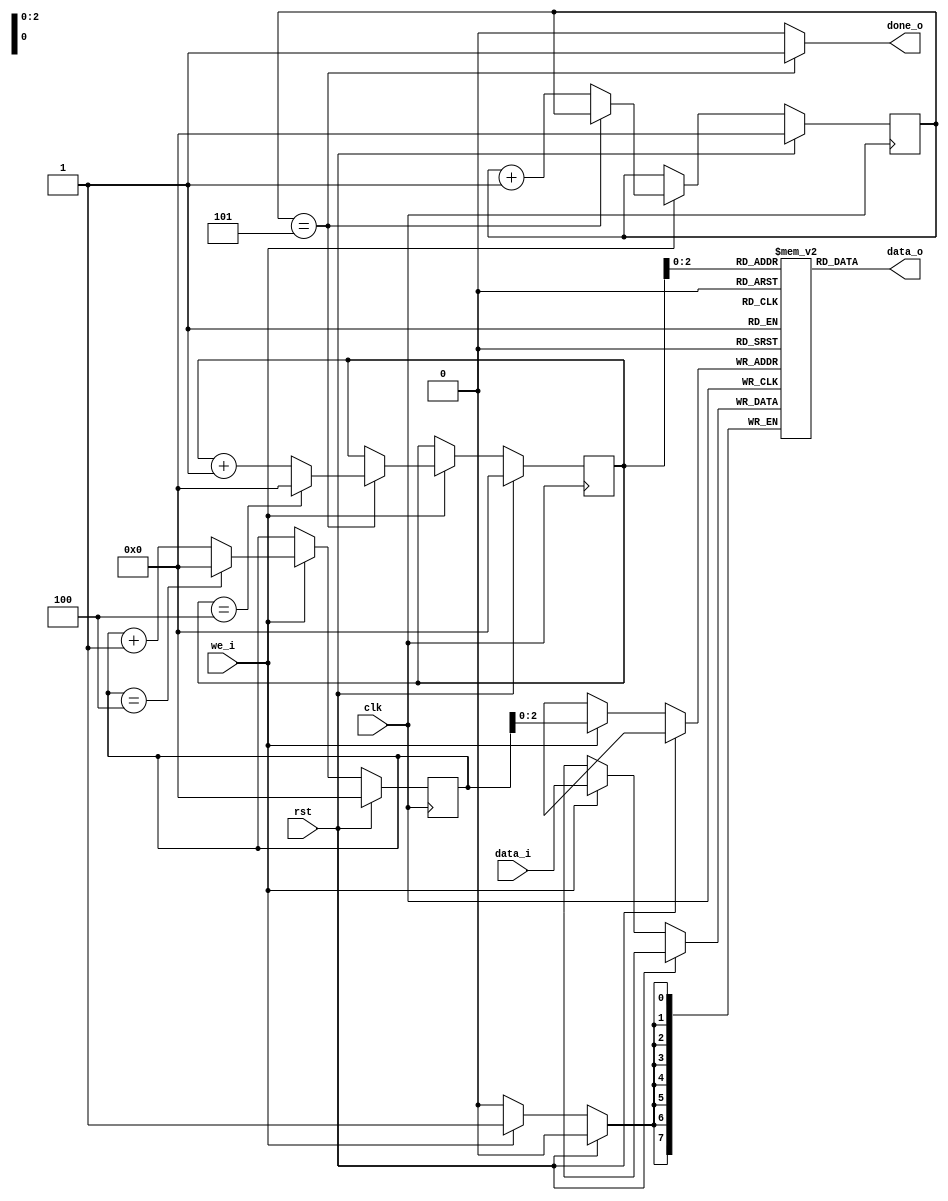
`timescale 1ns / 1ps
//////////////////////////////////////////////////////////////////////////////////
// Company: 
// Engineer: 
// 
// Design Name: 
// Module Name: fifo_single_line_buffer
// Project Name: 
// Target Devices: 
// Tool Versions: 
// Description: 
// 
// Dependencies: 
// 
// Revision:
// Revision 0.01 - File Created
// Additional Comments:
// 
//////////////////////////////////////////////////////////////////////////////////


module fifo_single_line_buffer(
    input clk,
    input rst,
    input we_i,
    input [7:0] data_i,
    output [7:0] data_o,
    output done_o
    );

    //parameter DEPTH = 640;
    parameter DEPTH = 5;
    reg [7:0] mem [0 : DEPTH -1] ;

    reg [9:0] wr_pointer ; //640 -->
    reg [9:0] rd_pointer ;

     reg [9:0] iCounter ;

     assign done_o = (iCounter == DEPTH)? 1:0;
     assign data_o = mem[rd_pointer];

     //handle with iCounter
     always @(posedge clk) begin
        if (rst) begin
            iCounter <=0;
        end else begin
            if (we_i== 1) begin
                iCounter <= (iCounter == DEPTH)? iCounter : iCounter + 1;
            end
            
        end
        
     end

     //handle with write process

     always @(posedge clk) begin
        if (rst) begin
            wr_pointer <=0;
        end else begin
            if (we_i== 1) begin
                mem[wr_pointer]<= data_i;
                wr_pointer <= (wr_pointer == DEPTH-1)? 0 : wr_pointer + 1;
            end
            
        end
        
     end

     //handle with read process

     always @(posedge clk) begin
        if (rst) begin
            rd_pointer <=0;
        end else begin
            if (we_i== 1) begin
                if (iCounter == DEPTH) begin
                    rd_pointer <= (rd_pointer == DEPTH-1)? 0 : rd_pointer + 1;
                end
            end
            
        end
        
     end

     




endmodule